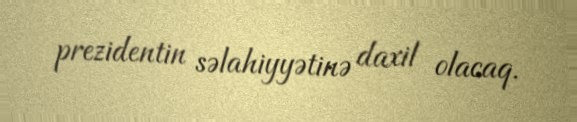
prezidentin səlahiyyətinə daxil olacaq.